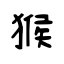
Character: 猴